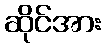
ဆိုင်အား